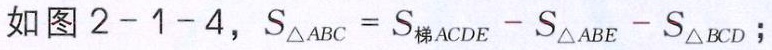
如图 \(2 - 1 - 4\)，\(S_{\triangle ABC}=S_{梯ACDE}-S_{\triangle ABE}-S_{\triangle BCD}\)；